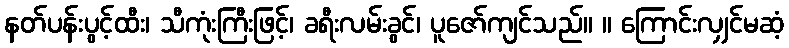
နတ်ပန်းပွင့်ထီး၊ သီကုံးကြီးဖြင့်၊ ခရီးလမ်းခွင်၊ ပူဇော်ကျင်သည်။ ။ ကြောင်းလျှင်မဆံ့